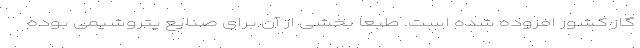
گاز کشور افزوده شده است. طبعاً بخشی از آن برای صنایع پتروشیمی بوده